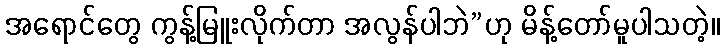
အရောင်တွေ ကွန့်မြူးလိုက်တာ အလွန်ပါဘဲ”ဟု မိန့်တော်မူပါသတဲ့။